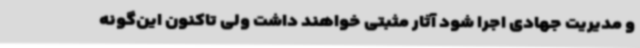
و مدیریت جهادی اجرا شود آثار مثبتی خواهند داشت ولی تاکنون این‌گونه